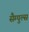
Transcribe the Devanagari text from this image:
सैम्पुल्स